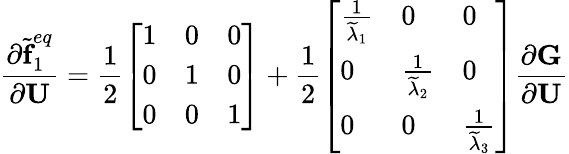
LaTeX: \frac{\partial\widetilde{\textbf{f}}_{1}^{eq}}{\partial\textbf{U}}=\frac{1}{2}\left[\begin{array}{lll}{1}&{0}&{0}\\ {0}&{1}&{0}\\ {0}&{0}&{1}\end{array}\right]+\frac{1}{2}\left[\begin{array}{lll}{\frac{1}{\widetilde{\lambda}_{1}}}&{0}&{0}\\ {0}&{\frac{1}{\widetilde{\lambda}_{2}}}&{0}\\ {0}&{0}&{\frac{1}{\widetilde{\lambda}_{3}}}\end{array}\right]\frac{\partial\textbf{G}}{\partial\textbf{U}}